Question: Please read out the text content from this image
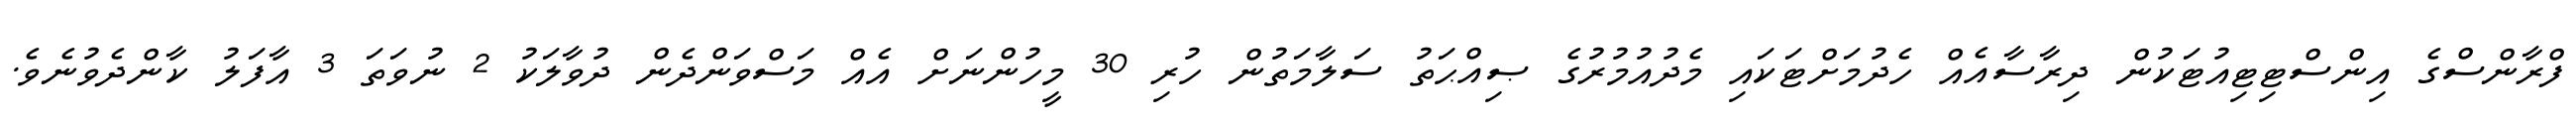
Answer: ފްރާންސްގެ އިންސްޓިޓިއުޓަކުން ދިރާސާއެއް ހެދުމަށްޓަކައި މެދުއުމުރުގެ ޞިއްޙަތު ސަލާމަތުން ހުރި 30 މީހުންނަށް އެއް މަސްވަންދެން ދުވާލަކު 2 ނުވަތަ 3 އާފަލު ކާންދެވުނެވެ.